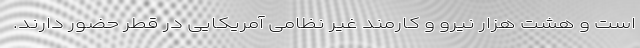
است و هشت هزار نیرو و کارمند غیر نظامی آمریکایی در قطر حضور دارند.